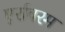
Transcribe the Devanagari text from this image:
एर्रावरम